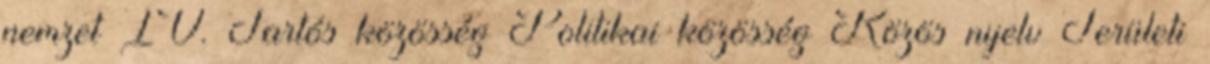
nemzet IV. Tartós közösség Politikai közösség Közös nyelv Területi